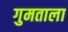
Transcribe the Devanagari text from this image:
गुमताला